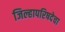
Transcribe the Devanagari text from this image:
जिल्हापरिषदेचा